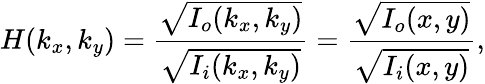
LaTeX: H(k_{x},k_{y})=\frac{\sqrt{I_{o}(k_{x},k_{y})}}{\sqrt{I_{i}(k_{x},k_{y})}}=\frac{\sqrt{I_{o}(x,y)}}{\sqrt{I_{i}(x,y)}},